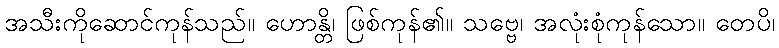
အသီးကိုဆောင်ကုန်သည်။ ဟောန္တိ၊ ဖြစ်ကုန်၏။ သဗ္ဗေ၊ အလုံးစုံကုန်သော။ တေပိ၊